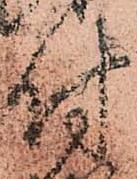
付